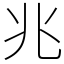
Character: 兆